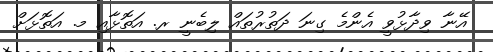
އޭނާ ވިދާޅުވީ އެންމެ ގިނަ ދަތުރުތައް ލިބެނީ ރ. އަތޮޅާއި މ. އަތޮޅަށް